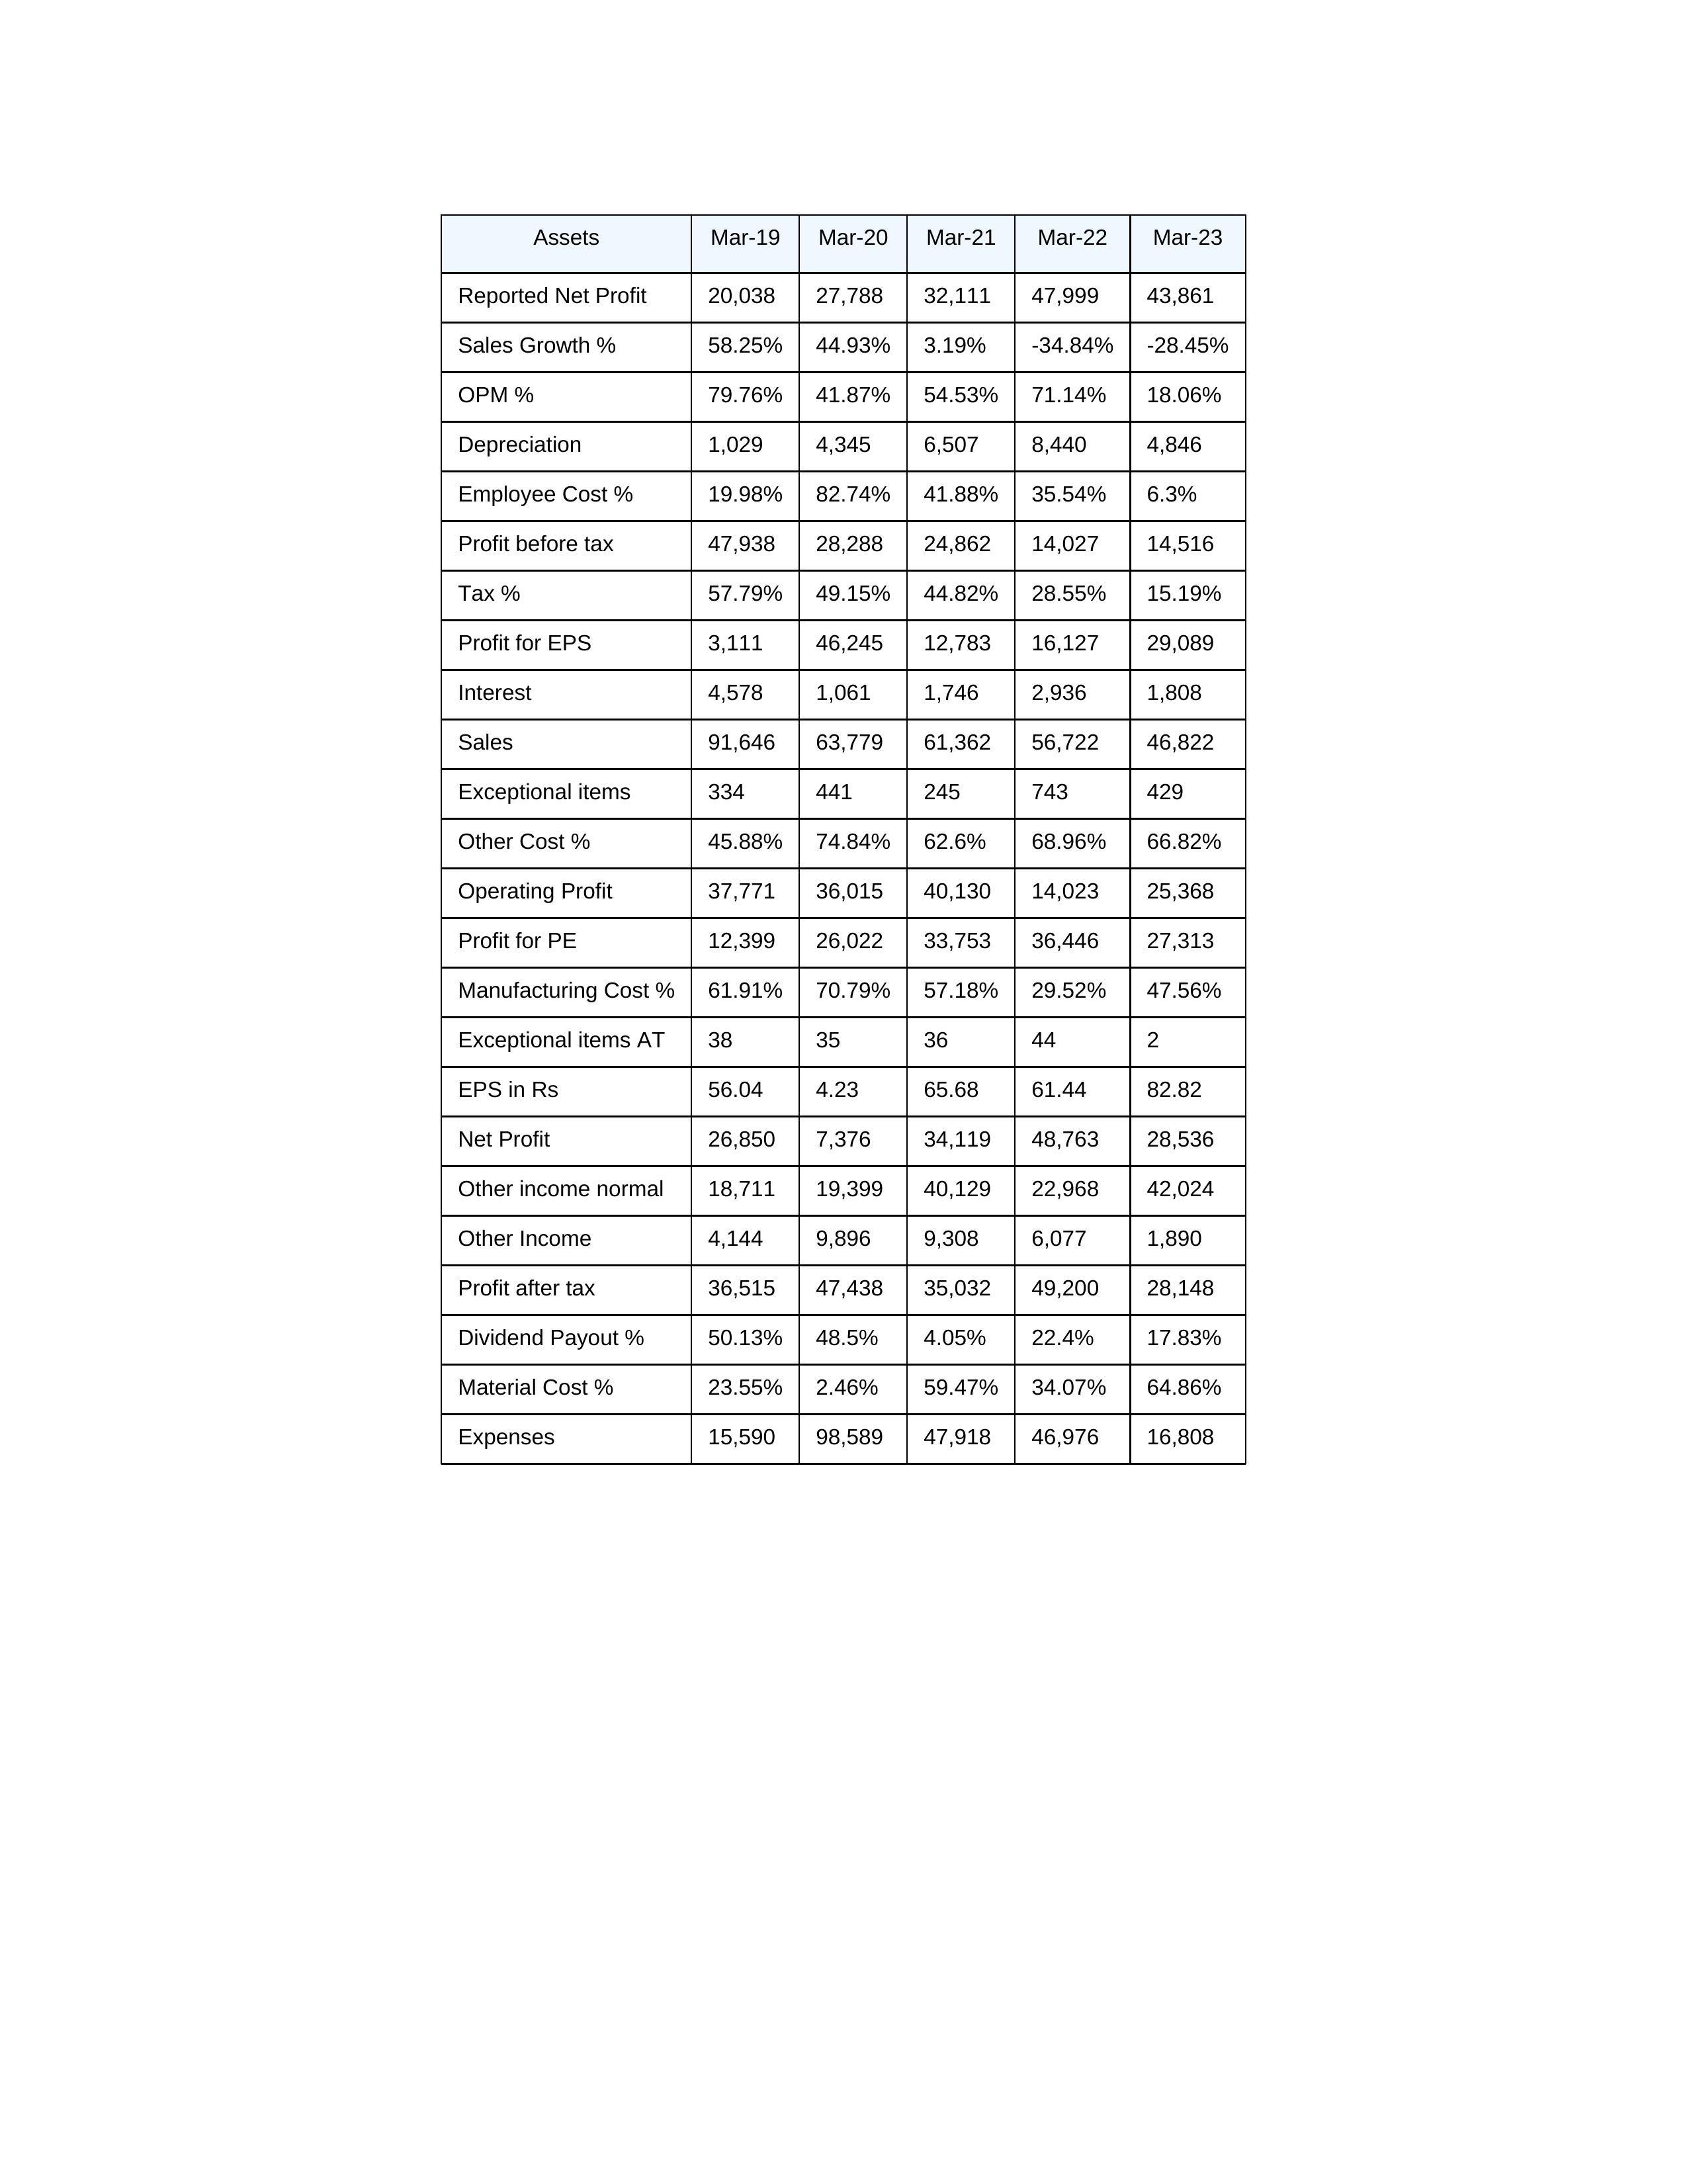
gt_parse: Mar-19: Sales: 91,646
Sales Growth %: 58.25%
Expenses: 15,590
Material Cost %: 23.55%
Manufacturing Cost %: 61.91%
Employee Cost %: 19.98%
Other Cost %: 45.88%
Operating Profit: 37,771
OPM %: 79.76%
Other Income: 4,144
Exceptional items: 334
Other income normal: 18,711
Interest: 4,578
Depreciation: 1,029
Profit before tax: 47,938
Tax %: 57.79%
Net Profit: 26,850
Profit after tax: 36,515
Reported Net Profit: 20,038
Profit for EPS: 3,111
Exceptional items AT: 38
Profit for PE: 12,399
EPS in Rs: 56.04
Dividend Payout %: 50.13%
Mar-20: Sales: 63,779
Sales Growth %: 44.93%
Expenses: 98,589
Material Cost %: 2.46%
Manufacturing Cost %: 70.79%
Employee Cost %: 82.74%
Other Cost %: 74.84%
Operating Profit: 36,015
OPM %: 41.87%
Other Income: 9,896
Exceptional items: 441
Other income normal: 19,399
Interest: 1,061
Depreciation: 4,345
Profit before tax: 28,288
Tax %: 49.15%
Net Profit: 7,376
Profit after tax: 47,438
Reported Net Profit: 27,788
Profit for EPS: 46,245
Exceptional items AT: 35
Profit for PE: 26,022
EPS in Rs: 4.23
Dividend Payout %: 48.5%
Mar-21: Sales: 61,362
Sales Growth %: 3.19%
Expenses: 47,918
Material Cost %: 59.47%
Manufacturing Cost %: 57.18%
Employee Cost %: 41.88%
Other Cost %: 62.6%
Operating Profit: 40,130
OPM %: 54.53%
Other Income: 9,308
Exceptional items: 245
Other income normal: 40,129
Interest: 1,746
Depreciation: 6,507
Profit before tax: 24,862
Tax %: 44.82%
Net Profit: 34,119
Profit after tax: 35,032
Reported Net Profit: 32,111
Profit for EPS: 12,783
Exceptional items AT: 36
Profit for PE: 33,753
EPS in Rs: 65.68
Dividend Payout %: 4.05%
Mar-22: Sales: 56,722
Sales Growth %: -34.84%
Expenses: 46,976
Material Cost %: 34.07%
Manufacturing Cost %: 29.52%
Employee Cost %: 35.54%
Other Cost %: 68.96%
Operating Profit: 14,023
OPM %: 71.14%
Other Income: 6,077
Exceptional items: 743
Other income normal: 22,968
Interest: 2,936
Depreciation: 8,440
Profit before tax: 14,027
Tax %: 28.55%
Net Profit: 48,763
Profit after tax: 49,200
Reported Net Profit: 47,999
Profit for EPS: 16,127
Exceptional items AT: 44
Profit for PE: 36,446
EPS in Rs: 61.44
Dividend Payout %: 22.4%
Mar-23: Sales: 46,822
Sales Growth %: -28.45%
Expenses: 16,808
Material Cost %: 64.86%
Manufacturing Cost %: 47.56%
Employee Cost %: 6.3%
Other Cost %: 66.82%
Operating Profit: 25,368
OPM %: 18.06%
Other Income: 1,890
Exceptional items: 429
Other income normal: 42,024
Interest: 1,808
Depreciation: 4,846
Profit before tax: 14,516
Tax %: 15.19%
Net Profit: 28,536
Profit after tax: 28,148
Reported Net Profit: 43,861
Profit for EPS: 29,089
Exceptional items AT: 2
Profit for PE: 27,313
EPS in Rs: 82.82
Dividend Payout %: 17.83%